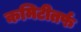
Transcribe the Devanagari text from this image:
कमिटीतर्फ